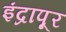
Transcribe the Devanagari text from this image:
इंद्रापूर